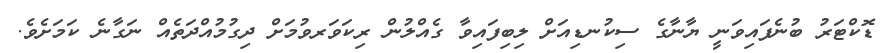
ޑޮކްޓަރު ބުނެފައިވަނީ ޔާނާގެ ސިކުނޑިއަށް ލިބިފައިވާ ގެއްލުން ރިކަވަރވުމަށް ދިގުމުއްދަތެއް ނަގާނެ ކަމަށެވެ.